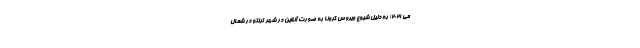
می 2021) به دلیل شیوع ویروس کرونا به صورت آنلاین در شهر ترنتو در شمال